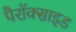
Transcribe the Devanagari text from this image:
पैरॉक्साइड